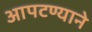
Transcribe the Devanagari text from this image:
आपटण्याने